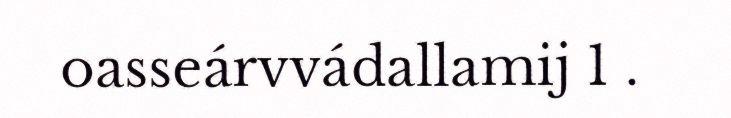
oasseárvvádallamij 1 .